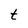
Character: t